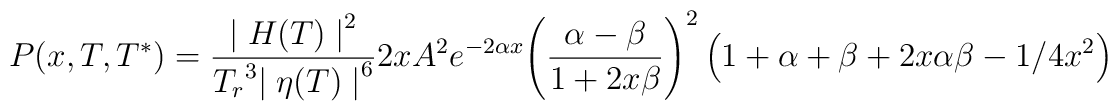
{P(x,T,T^*) = { {{\mid H(T) \mid}^2} \over {{T_r}^3 {\mid \eta (T) \mid}^6 }} 2 x A^2 e^{-2 \alpha x} {\left( {{\alpha - \beta} \over {1 + 2 x \beta}} \right)}^2 \left( 1 + \alpha + \beta + 2 x \alpha \beta - {1/{4 x^2}} \right)}